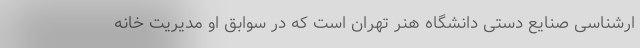
ارشناسی صنایع دستی دانشگاه هنر تهران است که در سوابق او مدیریت خانه